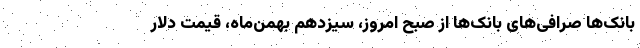
بانک‌ها صرافی‌های بانک‌ها از صبح امروز، سیزدهم بهمن‌ماه، قیمت دلار